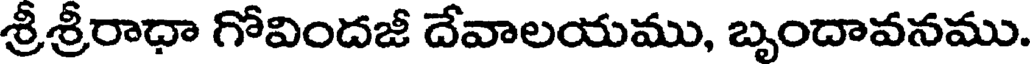
శ్రీశ్రీరాధా గోవిందజీ దేవాలయము, బృందావనము.